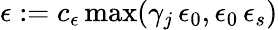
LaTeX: \epsilon:=c_{\epsilon}\operatorname*{max}(\gamma_{j}\, \epsilon_{0},\epsilon_{0}\, \epsilon_{s})